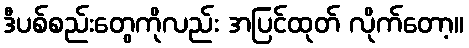
ဒီပစ်စည်းတွေကိုလည်း အပြင်ထုတ် လိုက်တော့။